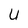
Character: u